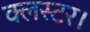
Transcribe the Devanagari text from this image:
क्लस्टर।